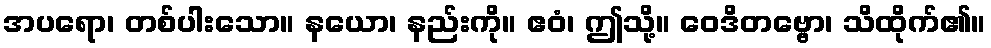
အပရော၊ တစ်ပါးသော။ နယော၊ နည်းကို။ ဧဝံ၊ ဤသို့။ ဝေဒိတဗ္ဗော၊ သိထိုက်၏။